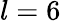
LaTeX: l=6